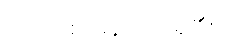
(အဝေါစ၊ မိန့်တော်မူ၏။)